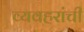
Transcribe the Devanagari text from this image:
व्यवहरांची